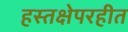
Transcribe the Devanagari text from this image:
हस्तक्षेपरहीत